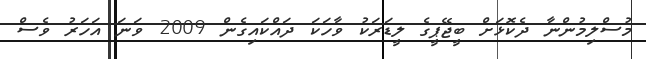
މުސްލިމުންނާ ދެކޮޅަށް ބީޖޭޕީގެ ލީޑަރަކު ވާހަކަ ދައްކައިގެން 2009 ވަނަ އަހަރު ވެސް